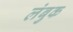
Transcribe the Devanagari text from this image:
लंबुक